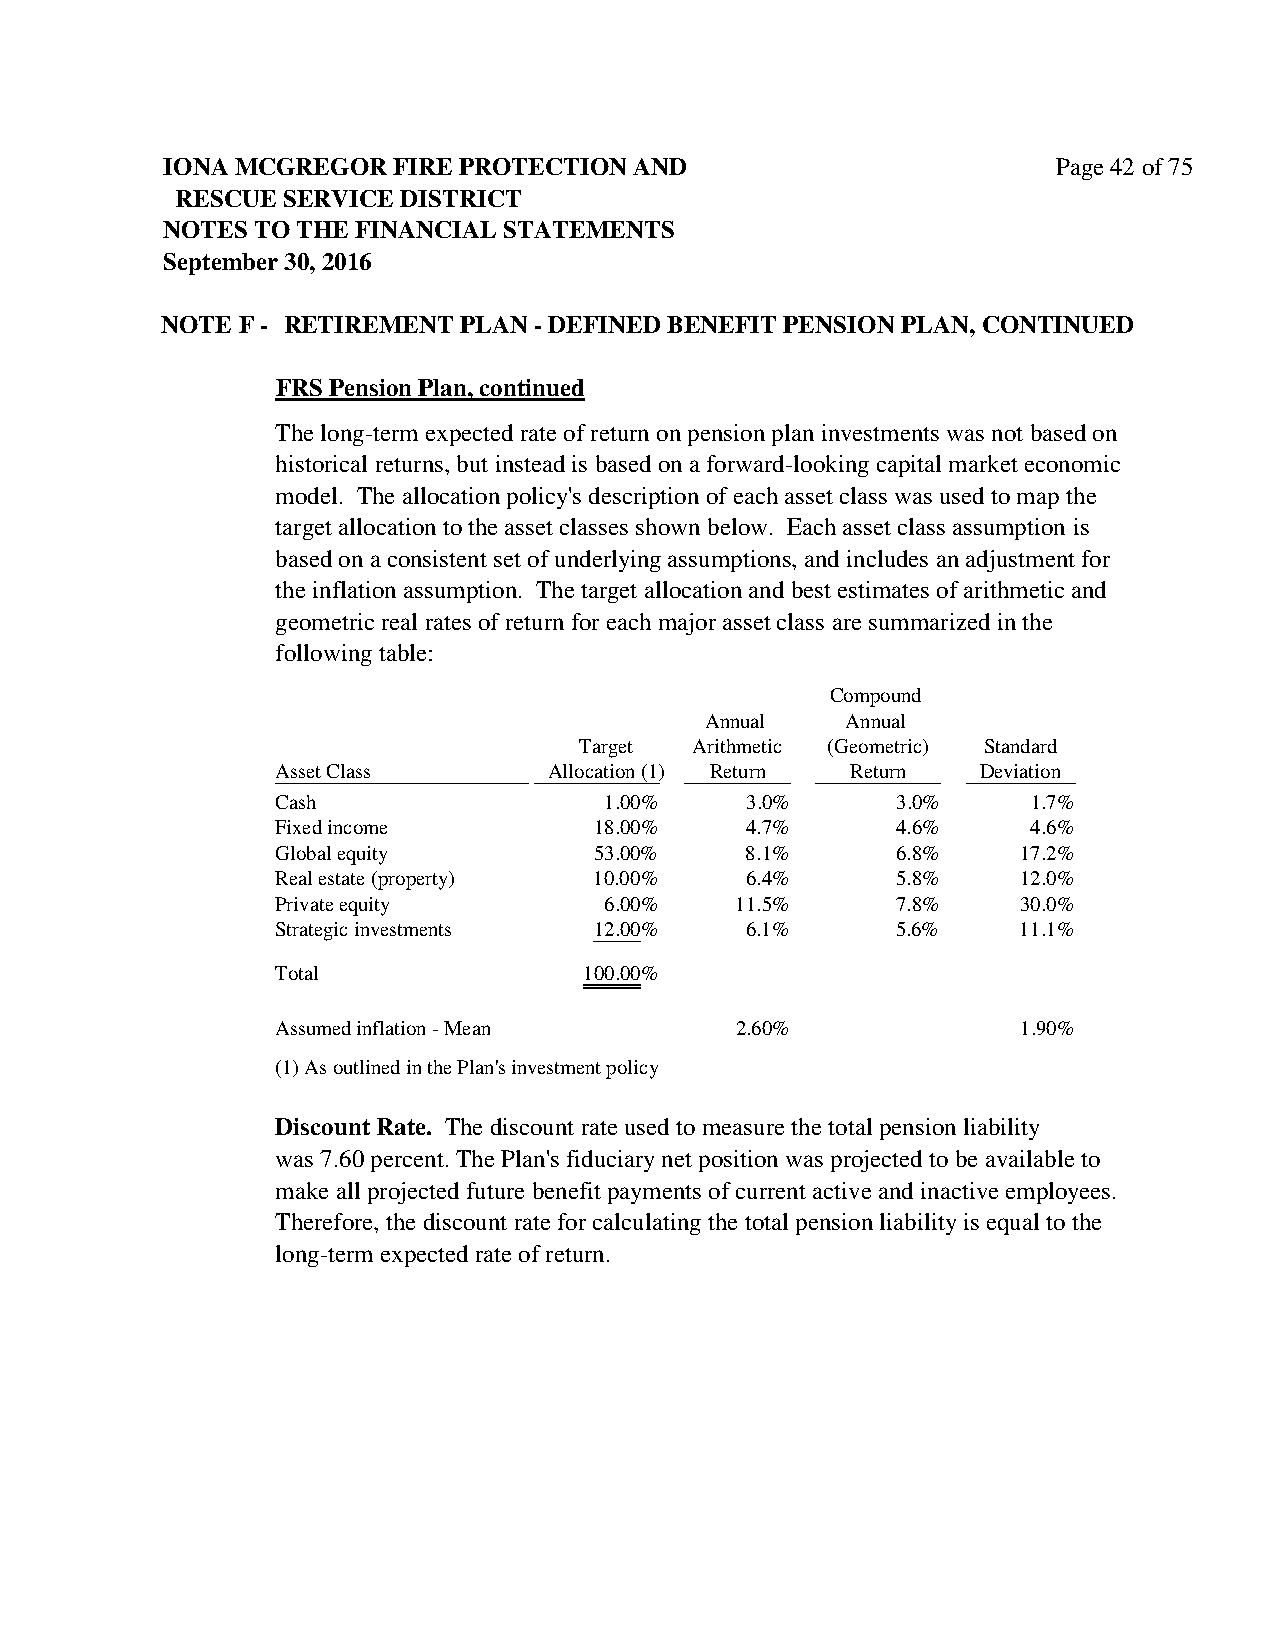
IONA MCGREGOR  FIRE PROTECTION AND                         Page 42 of 75
 RESCUE SERVICE DISTRICT
 NOTES TO THE FINANCIAL STATEMENTS
 September 30, 2016
 NOTE F - RETIREMENT PLAN - DEFINED BENEFIT PENSION PLAN, CONTINUED
 FRS Pension Plan, continued
 The long-term expected rate of return on pension plan investments was not based on
 historical returns, but instead is based on a forward-looking capital market economic
 model. The allocation policy's description of each asset class was used to map the
 target allocation to the asset classes shown below. Each asset class assumption is
 based on a consistent set of underlying assumptions, and includes an adjustment for
 the inflation assumption. The target allocation and best estimates of arithmetic and
 geometric real rates of return for each major asset class are summarized in the
 following table:
 Compound
 Annual   Annual
 Target  Arithmetic (Geometric) Standard
 Asset Class       Allocation (1) Return Return Deviation
 Cash                  1.00%    3.0%      3.0%     1.7%
 Fixed income         18.00%    4.7%      4.6%     4.6%
 Global equity        53.00%    8.1%      6.8%     17.2%
 Real estate (property) 10.00%  6.4%      5.8%     12.0%
 Private equity        6.00%    11.5%     7.8%     30.0%
 Strategic investments 12.00%   6.1%      5.6%     11.1%
 Total                100.00%
 Assumed inflation - Mean       2.60%              1.90%
 (1) As outlined in the Plan's investment policy
 Discount Rate. The discount rate used to measure the total pension liability
 was 7.60 percent. The Plan's fiduciary net position was projected to be available to
 make all projected future benefit payments of current active and inactive employees.
 Therefore, the discount rate for calculating the total pension liability is equal to the
 long-term expected rate of return.